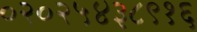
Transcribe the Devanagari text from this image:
०२०२५४३८९१६